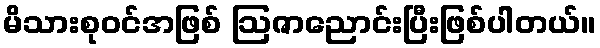
မိသားစုဝင်အဖြစ် ဩဇာညောင်းပြီးဖြစ်ပါတယ်။